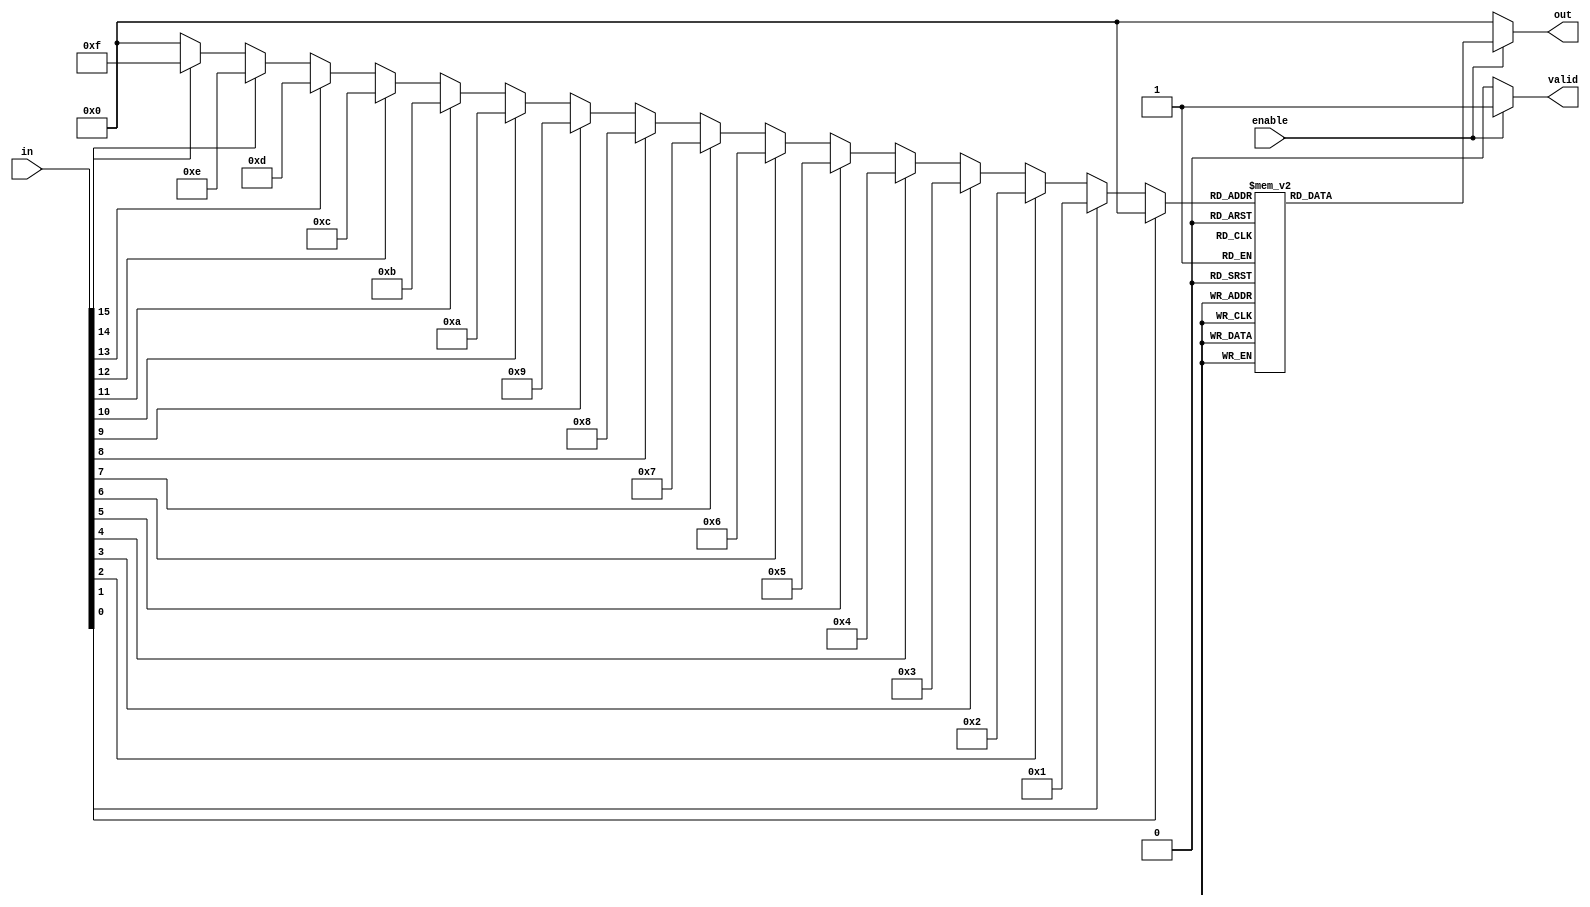
module multilevel_encoder (
    input wire [15:0] in,    // 16 input lines
    input wire enable,        // Enable signal
    output reg [3:0] out,     // 4-bit output
    output reg valid          // Output valid signal
);

    // Intermediate outputs
    wire [3:0] level1_out;
    wire [1:0] level2_out;

    // Level 1 Encoding: Grouping inputs into 4 sets of 4 inputs
    always @(*) begin
        if (!enable) begin
            out = 4'b0000; // Default state when not enabled
            valid = 1'b0;  // Output is not valid
        end else begin
            valid = 1'b1;  // Output is valid when enabled

            // First level encoding
            case (1'b1)
                in[0]: level1_out = 4'b0000; // Input 0 active
                in[1]: level1_out = 4'b0001; // Input 1 active
                in[2]: level1_out = 4'b0010; // Input 2 active
                in[3]: level1_out = 4'b0011; // Input 3 active
                in[4]: level1_out = 4'b0100; // Input 4 active
                in[5]: level1_out = 4'b0101; // Input 5 active
                in[6]: level1_out = 4'b0110; // Input 6 active
                in[7]: level1_out = 4'b0111; // Input 7 active
                in[8]: level1_out = 4'b1000; // Input 8 active
                in[9]: level1_out = 4'b1001; // Input 9 active
                in[10]: level1_out = 4'b1010; // Input 10 active
                in[11]: level1_out = 4'b1011; // Input 11 active
                in[12]: level1_out = 4'b1100; // Input 12 active
                in[13]: level1_out = 4'b1101; // Input 13 active
                in[14]: level1_out = 4'b1110; // Input 14 active
                in[15]: level1_out = 4'b1111; // Input 15 active
                default: level1_out = 4'b0000; // Default case
            endcase

            // Level 2 Encoding: Final encoding from level1 output
            case (level1_out)
                4'b0000: out = 4'b0000; // No active inputs
                4'b0001: out = 4'b0000; // Input 0
                4'b0010: out = 4'b0001; // Input 1
                4'b0011: out = 4'b0010; // Input 2
                4'b0100: out = 4'b0011; // Input 3
                4'b0101: out = 4'b0100; // Input 4
                4'b0110: out = 4'b0101; // Input 5
                4'b0111: out = 4'b0110; // Input 6
                4'b1000: out = 4'b0111; // Input 7
                4'b1001: out = 4'b1000; // Input 8
                4'b1010: out = 4'b1001; // Input 9
                4'b1011: out = 4'b1010; // Input 10
                4'b1100: out = 4'b1011; // Input 11
                4'b1101: out = 4'b1100; // Input 12
                4'b1110: out = 4'b1101; // Input 13
                4'b1111: out = 4'b1110; // Input 14
                default: out = 4'b0000; // Default case
            endcase
        end
    end
endmodule